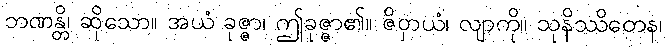
ဘဏန္တိ၊ ဆိုသော။ အယံ ခုဇ္ဇာ၊ ဤခုဇ္ဇာ၏။ ဇိဝှာယံ၊ လျာကို။ သုနိဿိတေန၊